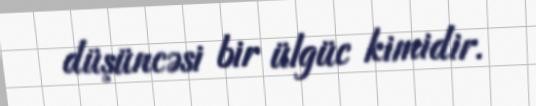
düşüncəsi bir ülgüc kimidir.